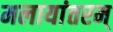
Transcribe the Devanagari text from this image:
मलायांतरम्‌